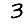
Digit: 3